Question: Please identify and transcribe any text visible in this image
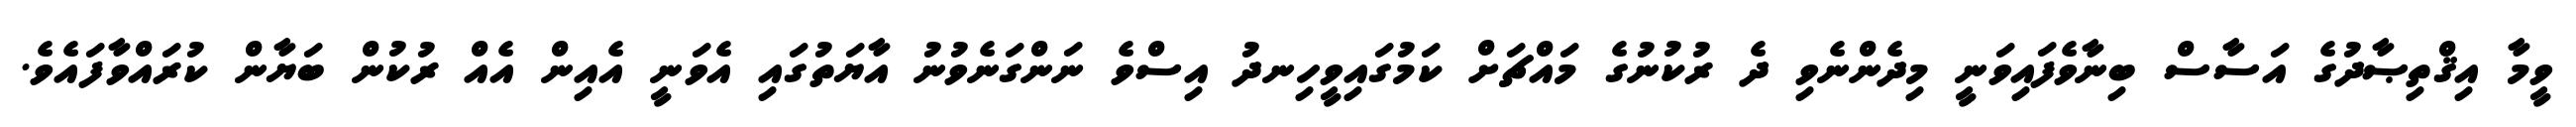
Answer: ވީމާ އިޤްތިޞާދުގެ އަސާސް ބިނާވެފައިވަނީ މިދެންނެވި ދެ ރުކުނުގެ މައްޗަށް ކަމުގައިވީހިނދު އިސްވެ ނަންގަނެވުނު އާޔަތުގައި އެވަނީ އެއިން އެއް ރުކުން ބަޔާން ކުރައްވާފައެވެ.